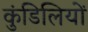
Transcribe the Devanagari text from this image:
कुंडिलियों